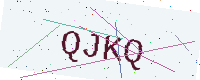
Text: QJKQ